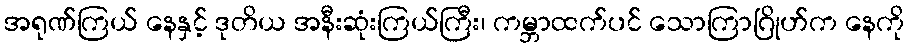
အရုဏ်ကြယ် နေနှင့် ဒုတိယ အနီးဆုံးကြယ်ကြီး၊ ကမ္ဘာထက်ပင် သောကြာဂြိုဟ်က နေကို